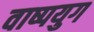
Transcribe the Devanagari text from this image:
वाष्पयुग